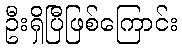
ဦးရှိပြီဖြစ်ကြောင်း